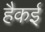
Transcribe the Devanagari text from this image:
हैकई